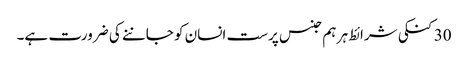
30 کنکی شرائط ہر ہم جنس پرست انسان کو جاننے کی ضرورت ہے۔